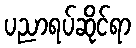
ပညာရပ်ဆိုင်ရာ